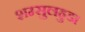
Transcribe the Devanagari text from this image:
शम्सुलहुडा